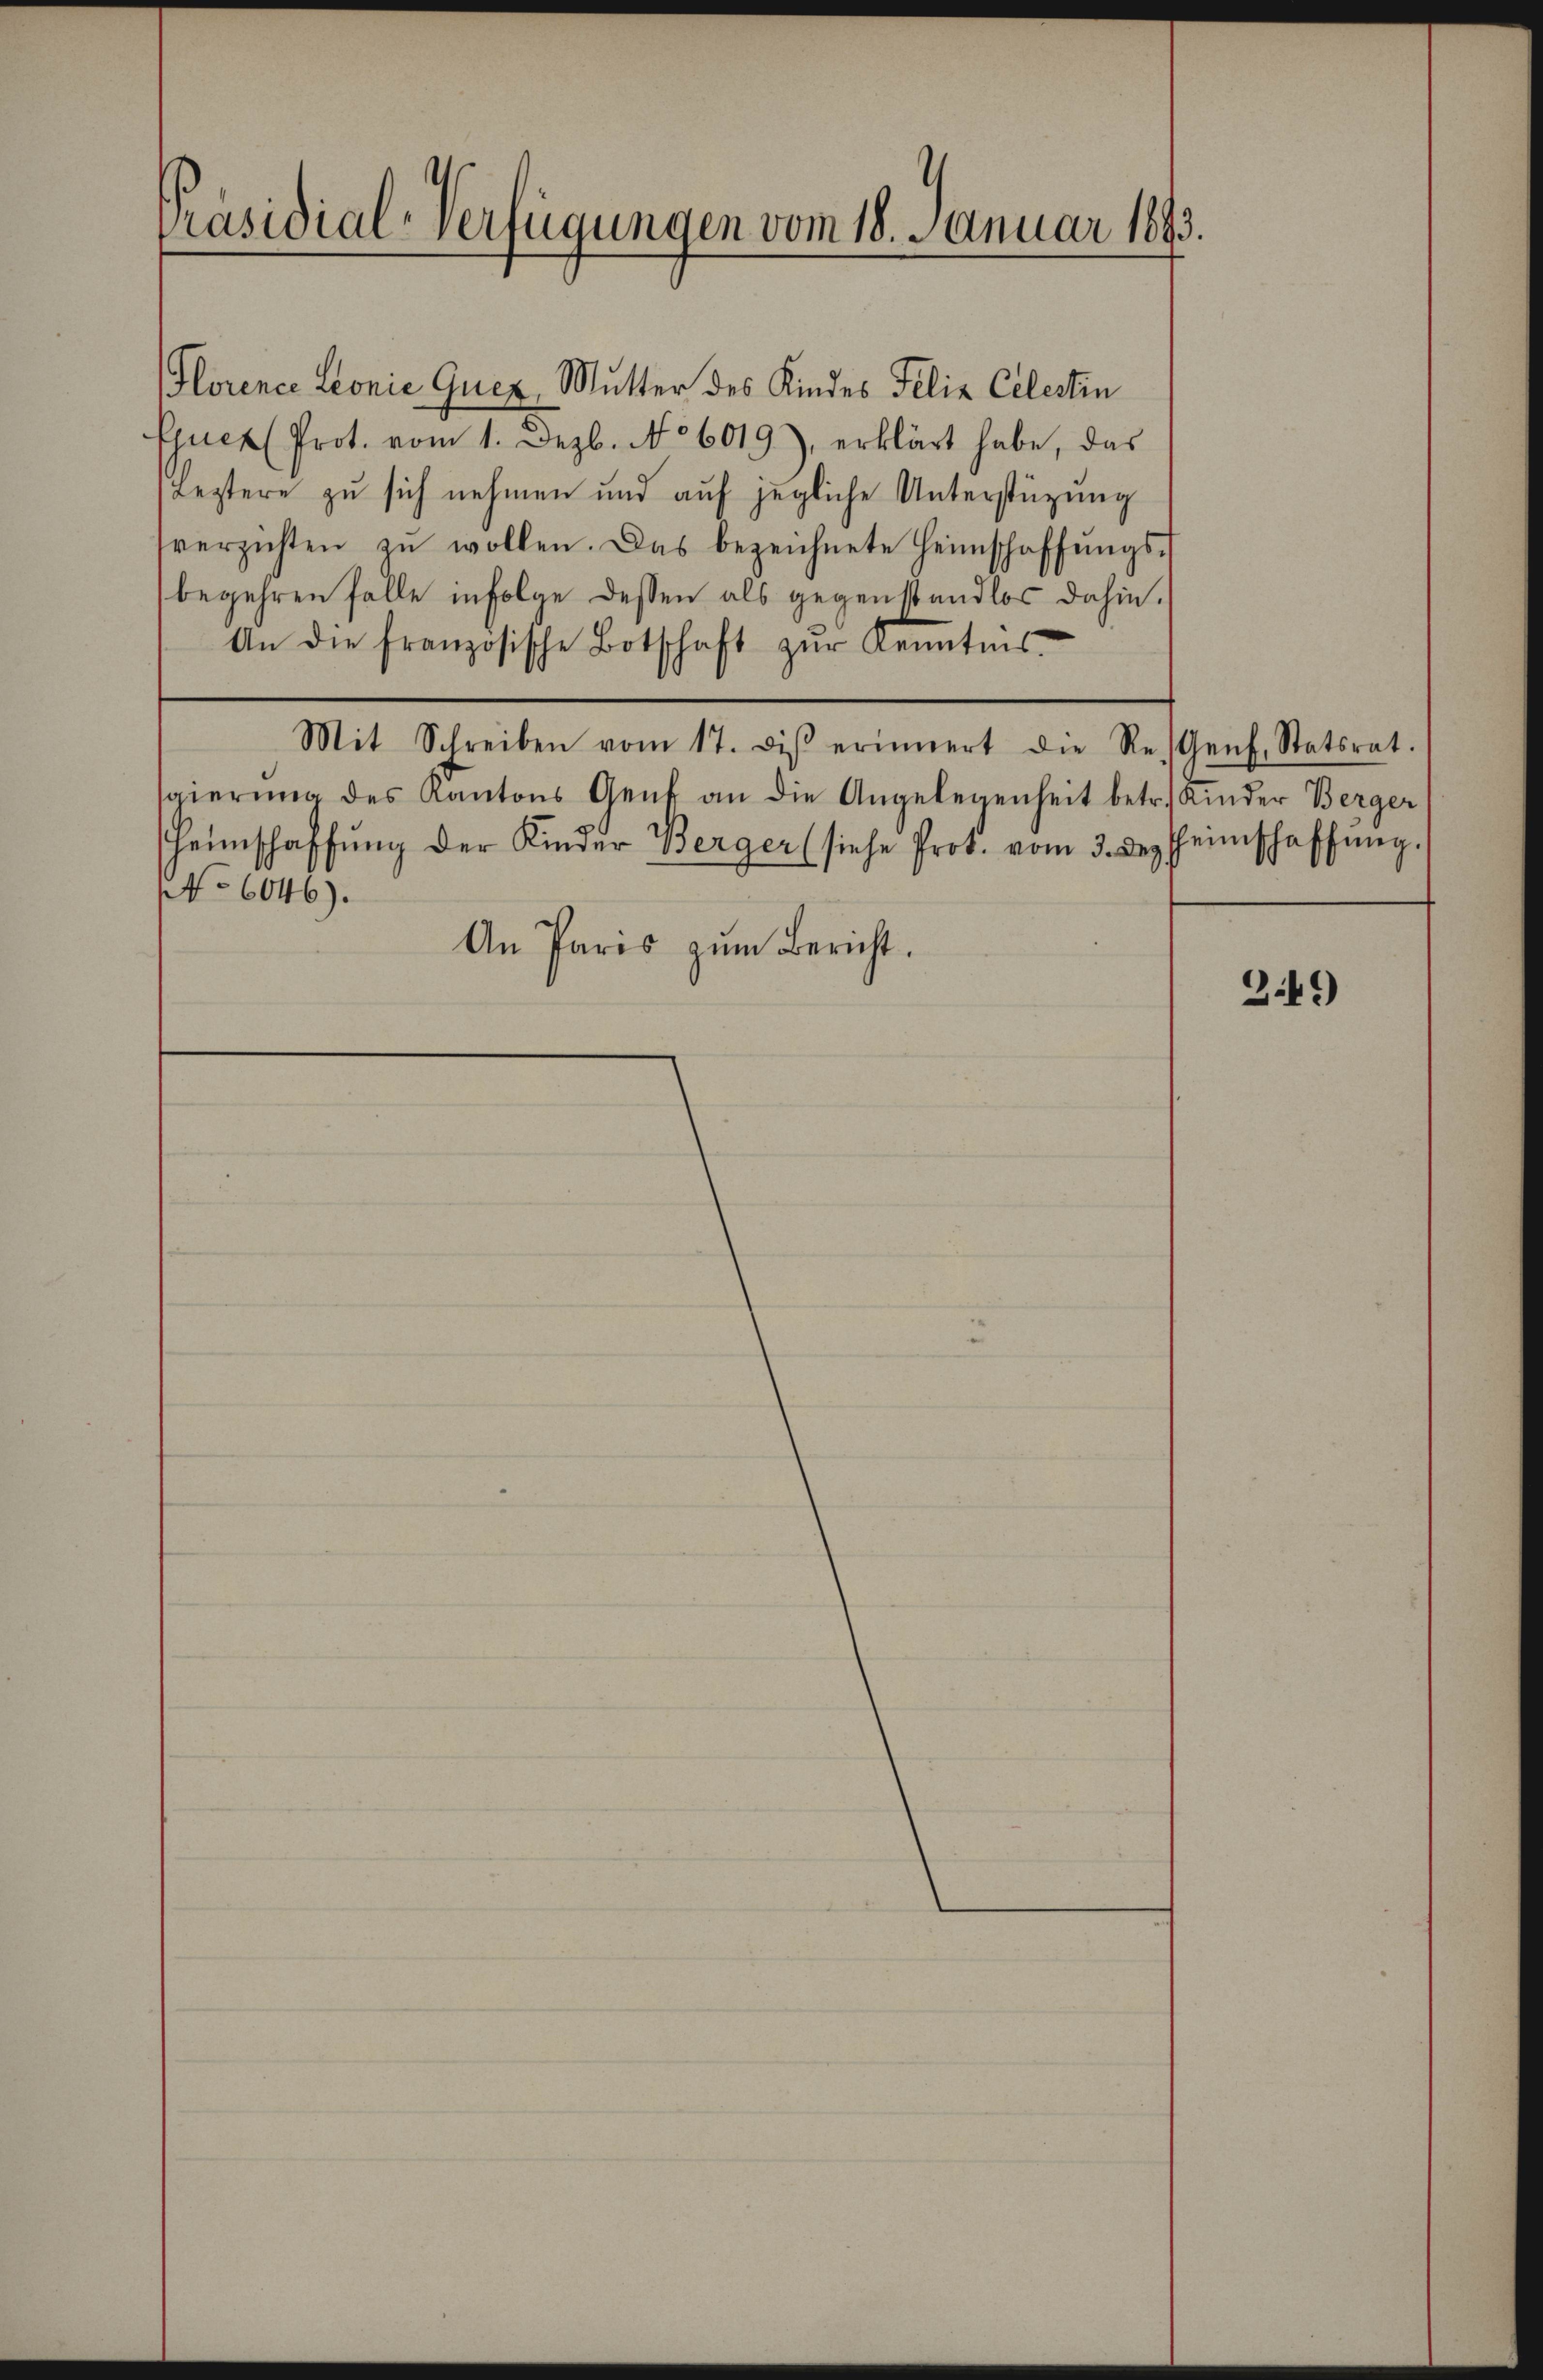
Präsidial-Verfügungen vom 18. Januar 1893.

Florence Leonie Quez, Mutter des Kindes Felix Celestin
Ejuet Prot. vom 1. Dezb. No 6019), erklärt habe, das
leztere zu sich nehmen und auf jegliche Unterstüzung
sverzichten zŭ wollen. Das bezeichnete Heimschaffŭngs-
begehren falle infolge dessen als gegenstandlos dahin.
An die französische Botschaft zŭr Kenntnis
Mit Schreiben vom 17. diβ erinnert die Re-Genf, Statsrat.
gierŭng des Kantons Genf an die Angelegenheit betr. Kinder Berger
Heimschaffŭng der Kinder Berger (siehe Prot. vom 3. Dezheimschaffŭng.
No 6046).
An Paris zŭm Bericht.

349)